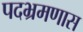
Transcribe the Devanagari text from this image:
पदभ्रमणास